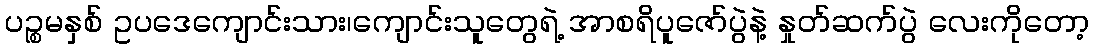
ပဉ္စမနှစ် ဥပဒေကျောင်းသား၊ကျောင်းသူတွေရဲ့ အာစရိပူဇော်ပွဲနဲ့ နှုတ်ဆက်ပွဲ လေးကိုတော့